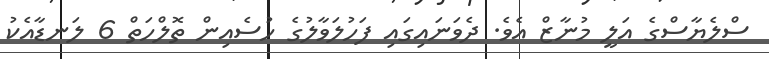
ސްލެޔާސްގެ އަލީ މުނާޒް އެވެ. ދެވަނައިގައި ފަހުލަވާލުގެ ހުސެއިން ތޮލްހަތް 6 ލަނޑާއެކު